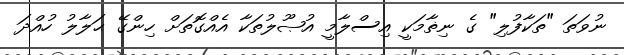
ނުވަތަ "ތަކާފުލި" ގެ ނިޡާމަކީ އިސްލާމީ އުޞޫލުތަކާ އެއްގޮތަށް ހިންގޭ ޙަލާލު ހުއްދަ